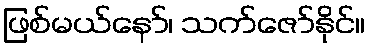
ဖြစ်မယ်နော်၊ သက်ဇော်နိုင်။